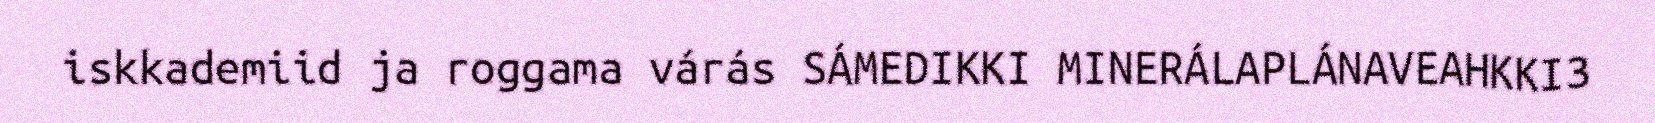
iskkademiid ja roggama várás SÁMEDIKKI MINERÁLAPLÁNAVEAHKKI3